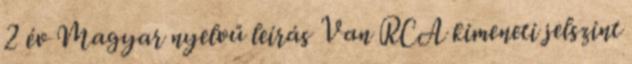
2 év Magyar nyelvű leírás Van RCA kimeneti jelszint